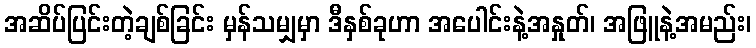
အဆိပ်ပြင်းတဲ့ချစ်ခြင်း မှန်သမျှမှာ ဒီနှစ်ခုဟာ အပေါင်းနဲ့အနှုတ်၊ အဖြူနဲ့အမည်း၊